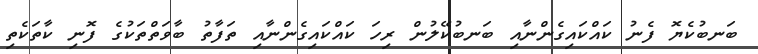
ބަނބުކެޔޮ ފެނު ކައްކައިގެންނާއި ބަނބުކޭލުން ރިހަ ކައްކައިގެންނާއި ތަފާތު ބާވަތްތަކުގެ ފޮނި ކާތަކެތި